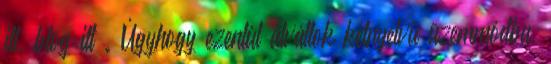
itt, blog itt . Úgyhogy ezentúl átváltok kétnyelvű üzemmódba,